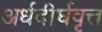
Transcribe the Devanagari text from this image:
अर्धदीर्घवृत्त